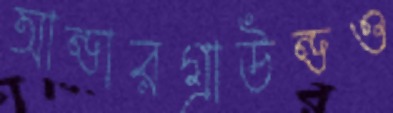
আন্ডারগ্রাউন্ডও